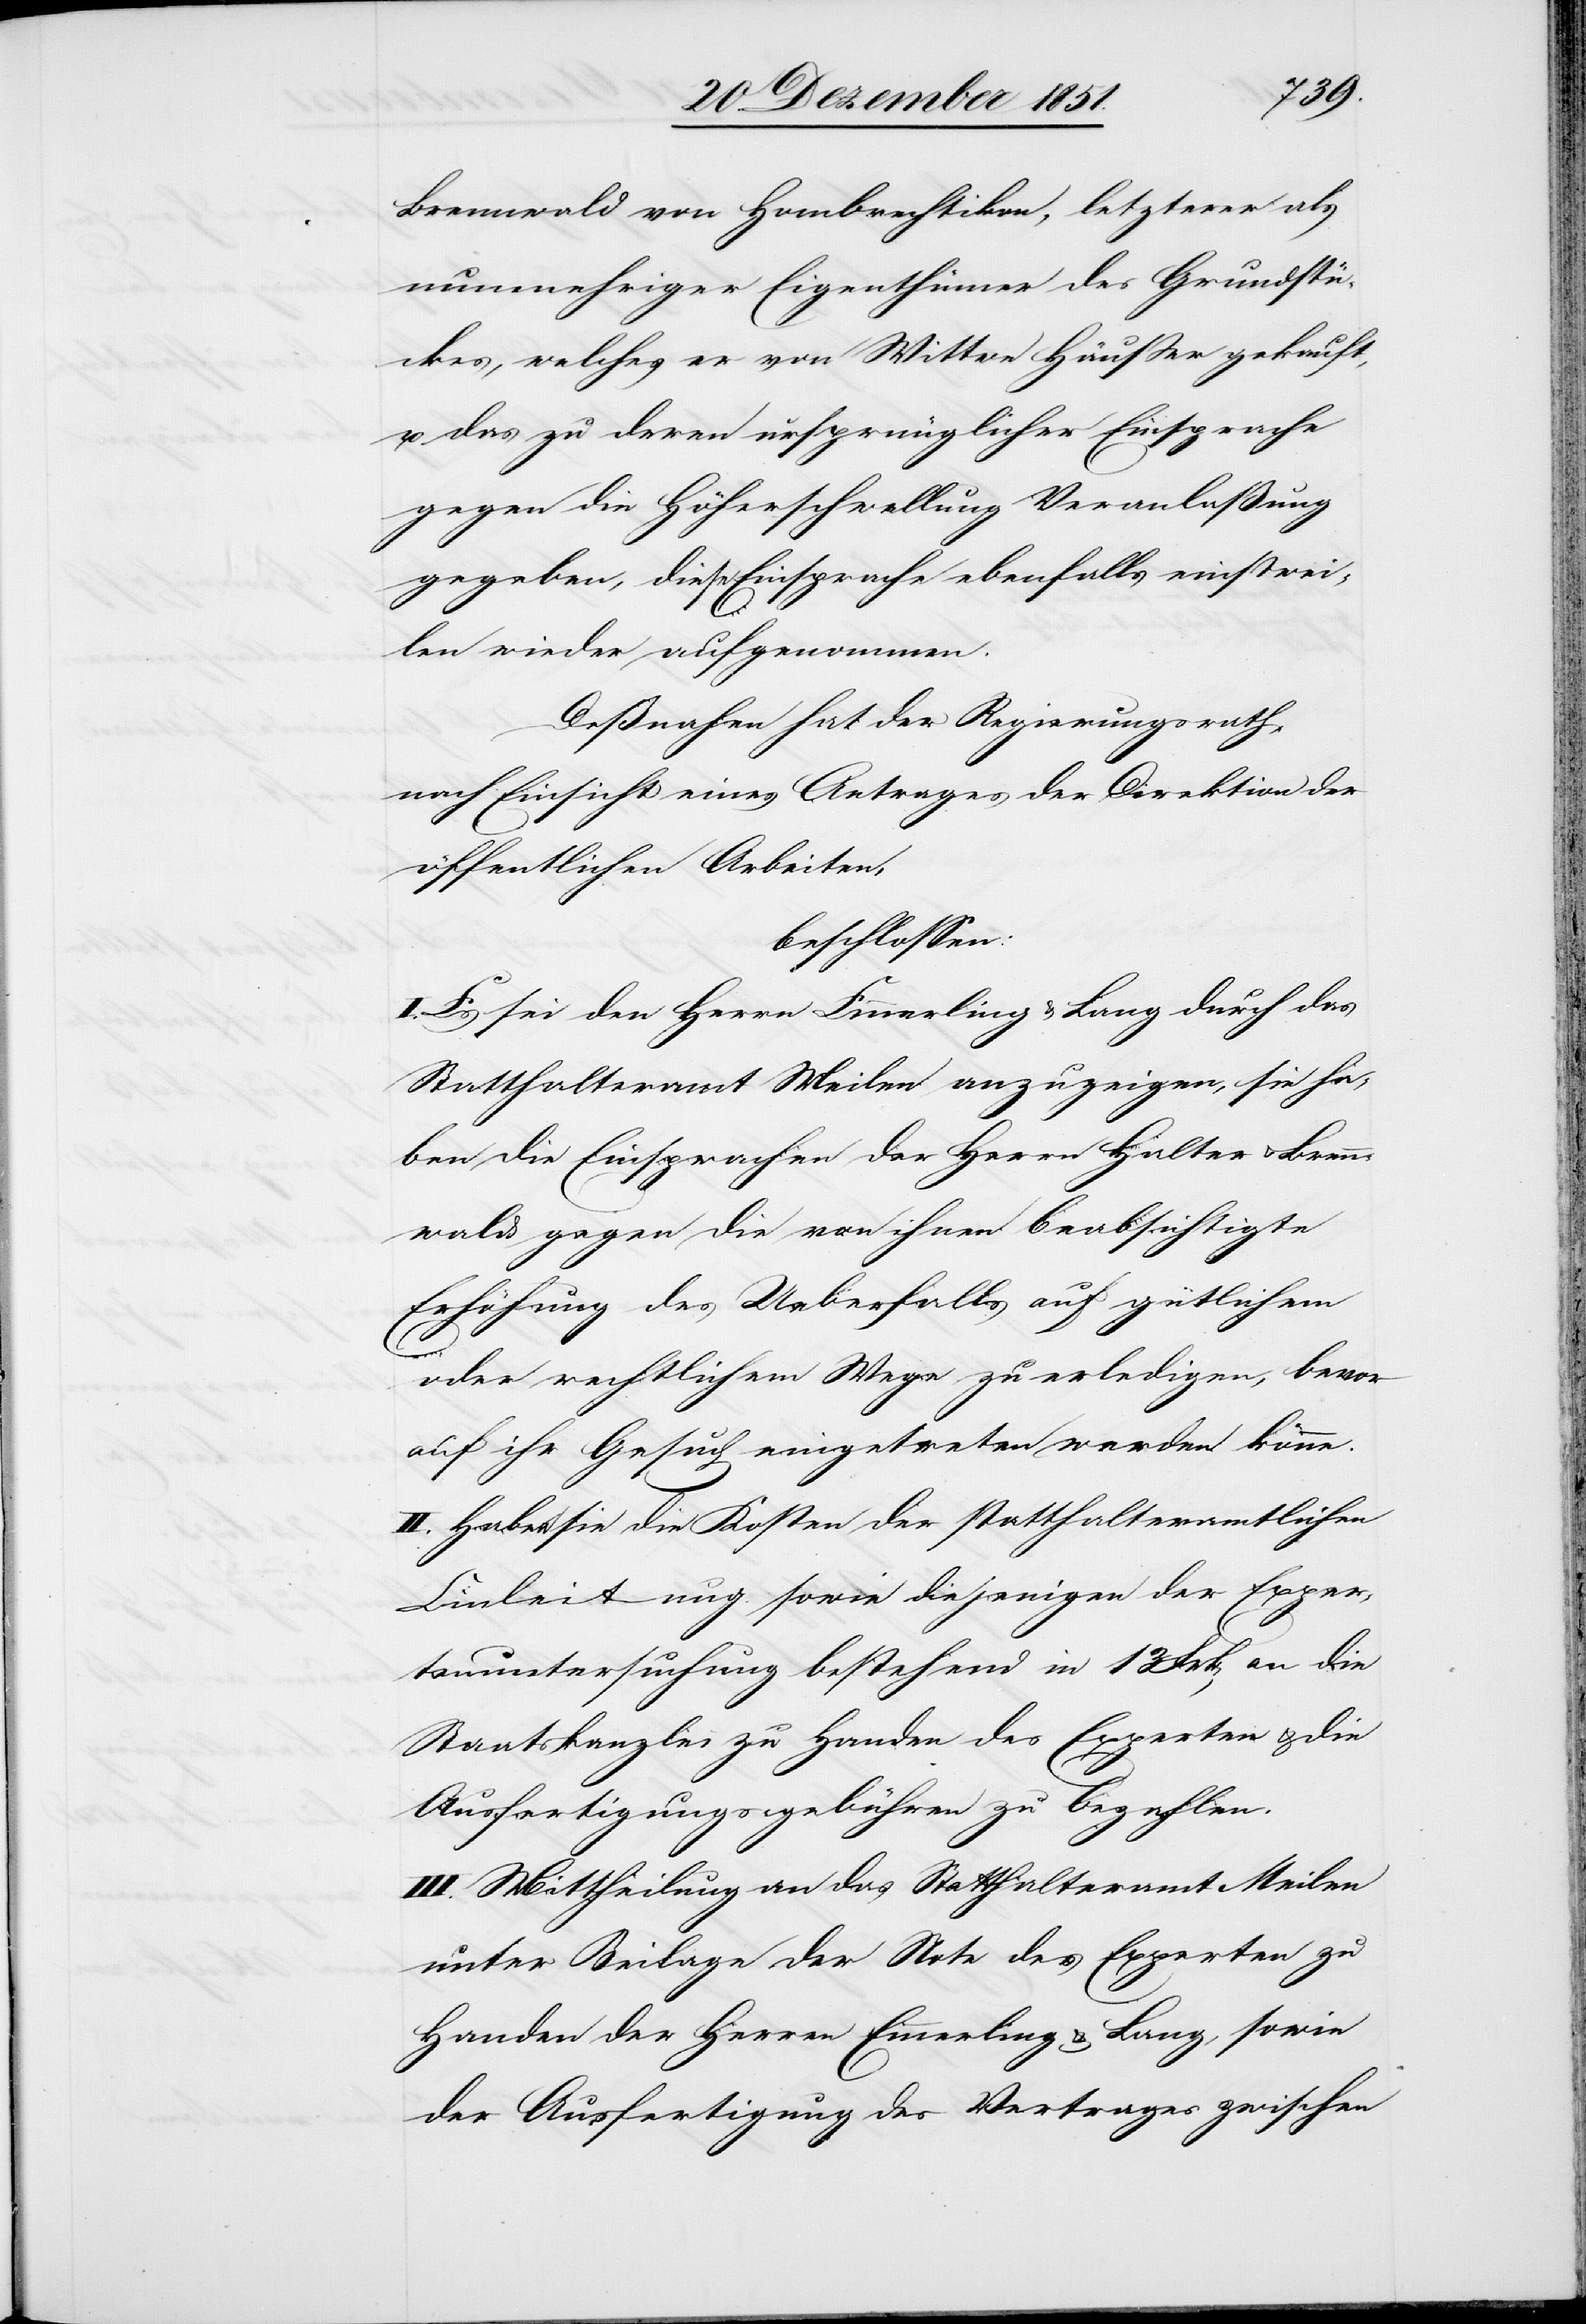
Brennwald von Hombrechtikon, letzterer als
nunmehriger Eigenthümer des Grundstü¬
ckes, welches er von Wittwe Häußer gekauft,
u. das zu deren ursprünglicher Einsprache
gegen die Höherschwellung Veranlaßung
gegeben, diese Einsprache ebenfalls einstwei¬
len wieder aufgenommen.
Deßnahen hat der Regierungsrath,
nach Einsicht eines Antrages der Direktion der
öffentlichen Arbeiten,
beschlossen:
I. Es sei den Herrn Emmerling & Lang durch das
Statthalteramt Meilen anzuzeigen, sie ha¬
ben die Einsprachen der Herrn Halter & Brenn¬
wald gegen die von ihnen beabsichtigte
Erhöhung des Ueberfalls auf gütlichem
oder rechtlichem Wege zu erledigen, bevor
auf ihr Gesuch eingetreten werden könne.
II. Haben sie die Kosten der statthalteramtlichen
Einleitung sowie diejenigen der Exper¬
tenuntersuchung bestehend in 13 Frk[en] an die
Staatskanzlei zu Handen des Experten & die
Ausfertigungsgebühren zu bezahlen.
III. Mittheilung an das Statthalteramt Meilen
unter Beilage der Note des Experten zu
Handen der Herren Emmerling & Lang, sowie
der Ausfertigung des Vertrages zwischen